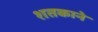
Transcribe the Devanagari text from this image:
शतकाने